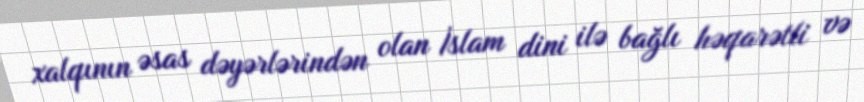
xalqının əsas dəyərlərindən olan İslam dini ilə bağlı həqarətli və